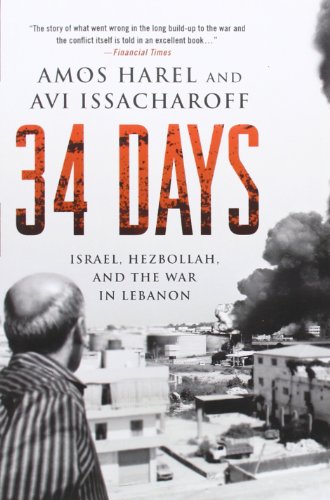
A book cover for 34 Days: Israel, Hezbollah, and the War in Lebanon; Amos Harel; History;